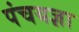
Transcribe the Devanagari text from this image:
पंचयज्ञा